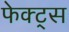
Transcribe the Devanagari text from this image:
फेक्ट्स